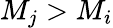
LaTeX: M_{j}>M_{i}